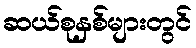
ဆယ်စုနှစ်များတွင်